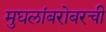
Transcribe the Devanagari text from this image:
मुघलांबरोबरची